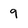
Character: 9